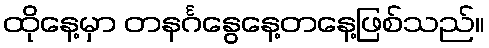
ထိုနေ့မှာ တနင်္ဂနွေနေ့တနေ့ဖြစ်သည်။